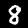
Label: 8